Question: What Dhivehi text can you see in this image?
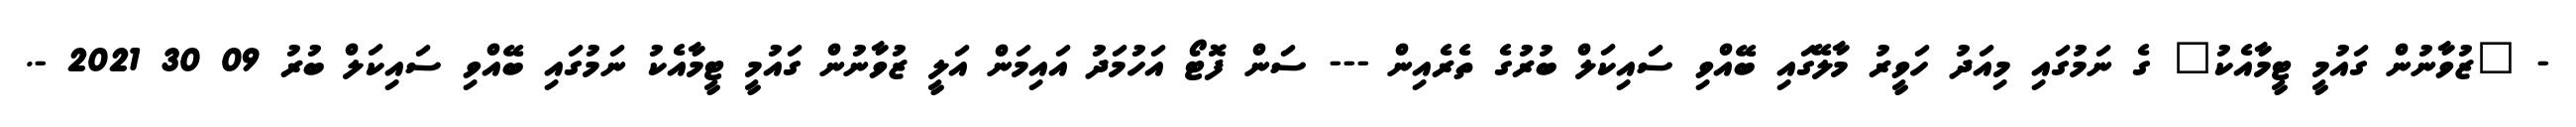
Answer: - "ޒުވާނުން ގައުމީ ޓީމާއެކު" ގެ ނަމުގައި މިއަދު ހަވީރު މާލޭގައި ބޭއްވި ސައިކަލް ބުރުގެ ތެރެއިން --- ސަން ފޮޓޯ އަހުމަދު އައިމަން އަލީ ޒުވާނުން ގައުމީ ޓީމާއެކު ނަމުގައި ބޭއްވި ސައިކަލް ބުރު 09 30 2021 -.